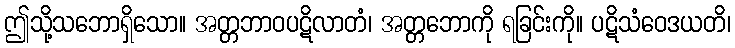
ဤသို့သဘောရှိသော။ အတ္တဘာဝပဋိလာတံ၊ အတ္တဘောကို ရခြင်းကို။ ပဋိသံဝေဒယတိ၊